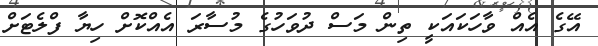
އޭގެ އެއް ވާހަކައަކީ ތިން މަސް ދުވަހުގެ މުސާރަ އެއްކޮށް ހިޔާ ފްލެޓަށް